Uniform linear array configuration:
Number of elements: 4
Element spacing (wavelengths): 0.75
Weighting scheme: hann
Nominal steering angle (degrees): -15
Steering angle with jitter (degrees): -14.148
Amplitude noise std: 0.05
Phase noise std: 0.05

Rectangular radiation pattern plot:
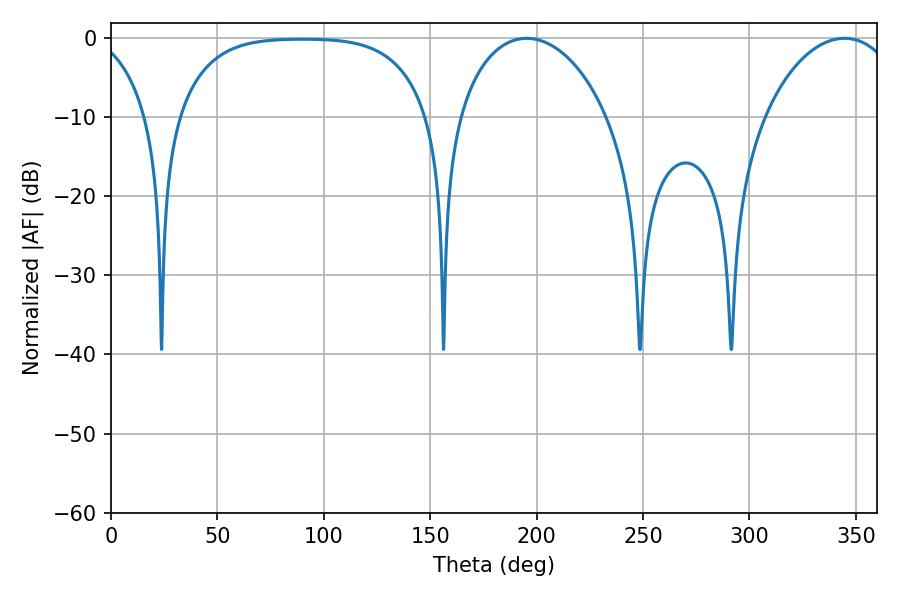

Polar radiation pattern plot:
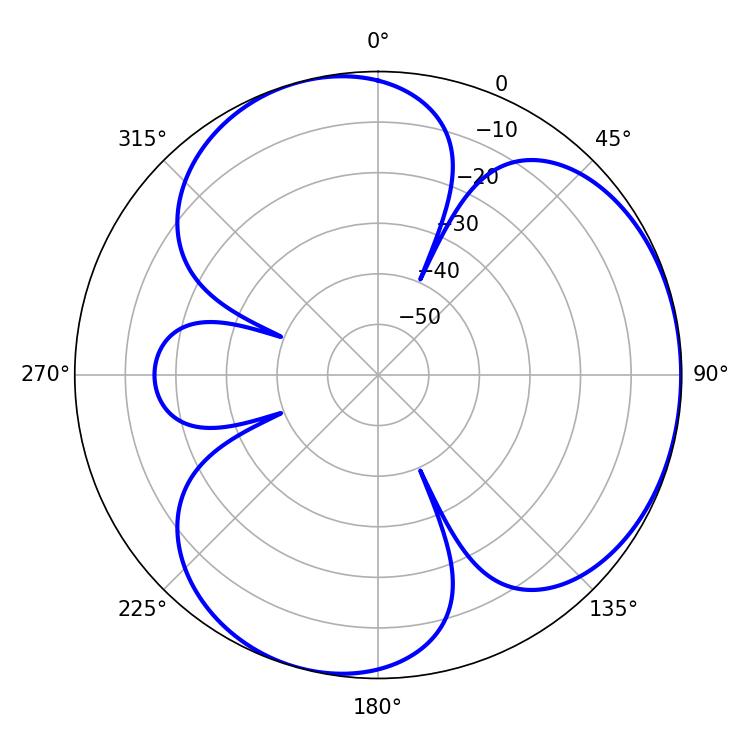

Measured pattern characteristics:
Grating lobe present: TRUE
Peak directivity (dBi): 3.778
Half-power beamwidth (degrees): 40.5
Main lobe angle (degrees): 195.3